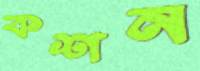
কশন